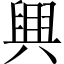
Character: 𦥷